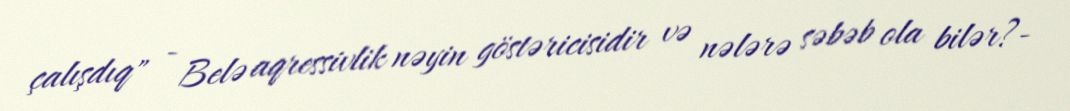
çalışdıq" - Belə aqressivlik nəyin göstəricisidir və nələrə səbəb ola bilər?-